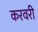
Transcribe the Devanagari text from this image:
करवरी